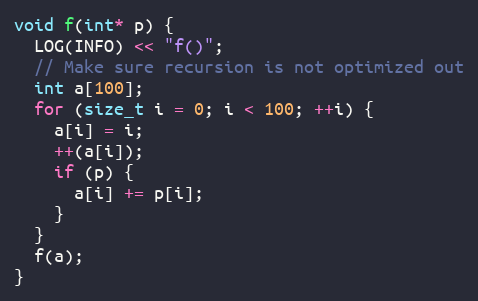
Language: C++
void f(int* p) {
  LOG(INFO) << "f()";
  // Make sure recursion is not optimized out
  int a[100];
  for (size_t i = 0; i < 100; ++i) {
    a[i] = i;
    ++(a[i]);
    if (p) {
      a[i] += p[i];
    }
  }
  f(a);
}